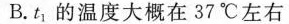
B.t1的温度大概在37℃左右